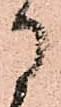
に